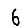
Digit: 6